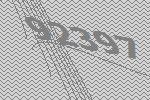
92397